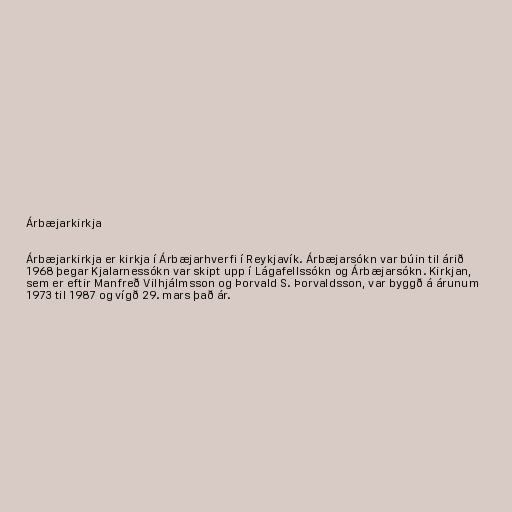
Árbæjarkirkja

Árbæjarkirkja er kirkja í Árbæjarhverfi í Reykjavík. Árbæjarsókn var búin til árið
1968 þegar Kjalarnessókn var skipt upp í Lágafellssókn og Árbæjarsókn. Kirkjan,
sem er eftir Manfreð Vilhjálmsson og Þorvald S. Þorvaldsson, var byggð á árunum
1973 til 1987 og vígð 29. mars það ár.